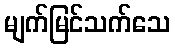
မျက်မြင်သက်သေ